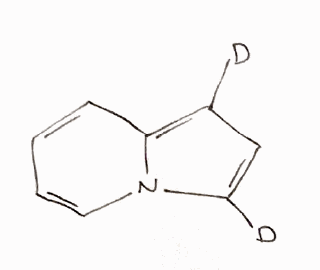
Simplified molecular-input line-entry system (SMILES) notation of the given molecule:
[2H]C1=CC(=C2N1C=CC=C2)[2H]